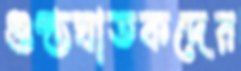
গুপ্তঘাতকদের